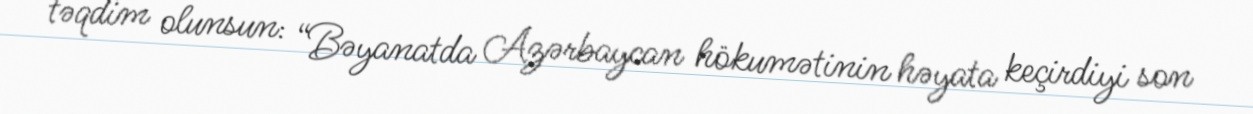
təqdim olunsun: “Bəyanatda Azərbaycan hökumətinin həyata keçirdiyi son